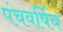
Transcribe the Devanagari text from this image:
पंचवर्षिय